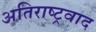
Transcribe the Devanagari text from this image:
अतिराष्ट्रवाद